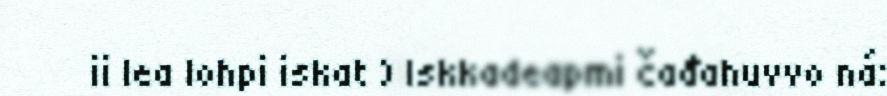
ii lea lohpi iskat ) Iskkadeapmi čađahuvvo ná: